Cultivation of the bacillus of leprosy and the treatment of cases by means of a vaccine prepared from the cultivations - Number 42
Disease focus: Leprosy
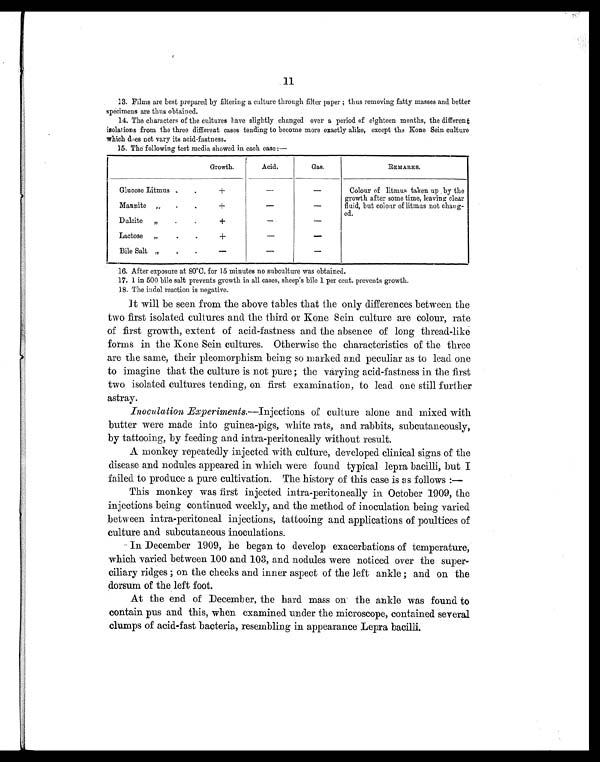
11
13. Films are best prepared by filtering a culture through filter paper ; thus removing fatty masses and better
specimens are thus obtained.
14.The characters of the cultures have slightly changed over a period of eighteen months, the different
isolations from the three different cases tending to become more exactly alike, except the Kone Sein culture
which does not vary its acid-fastness.
15.The following test media showed in each case:—
Growth.
Acid.
Gas.
REMARKS.
Glucose Litmus .
.
+
—
—
Colour of litmus taken up by the
growth after some time, leaving clear
fluid, but colour of litmus not chang-
ed.
Mannite „
.
.
+
—
—
Dulcite „
.
.
+
—
—
Lactose „
.
.
+
—
—
Bile Salt „
.
.
—
—
—
16.After exposure at 80ºC. for 15 minutes no subculture was obtained.
17.1 in 500 bile salt prevents growth in all cases, sheep's bile 1 per cent. prevents growth.
18.The indol reaction is negative.
It will be seen from the above tables that the only differences between the
two first isolated cultures and the third or Kone Sein culture are colour, rate
of first growth, extent of acid-fastness and the absence of long thread-like
forms in the Kone Sein cultures. Otherwise the characteristics of the three
are the same, their pleomorphism being so marked and peculiar as to lead one
to imagine that the culture is not pure; the varying acid-fastness in the first
two isolated cultures tending, on first examination, to lead one still further
astray.
Inoculation Experiments.—Injections of culture alone and mixed with
butter were made into guinea-pigs, white rats, and rabbits, subcutaneously,
by tattooing, by feeding and intra-peritoneally without result.
A monkey repeatedly injected with culture, developed clinical signs of the
disease and nodules appeared in which were found typical lepra bacilli, but I
failed to produce a pure cultivation. The history of this case is as follows:
—
This monkey was first injected intra-peritoneally in October 1909, the
injections being continued weekly, and the method of inoculation being varied
between intra-peritoneal injections, tattooing and applications of poultices of
culture and subcutaneous inoculations.
In December 1909, he began to develop exacerbations of temperature,
which varied between 100 and 103, and nodules were noticed over the super-
ciliary ridges; on the cheeks and inner aspect of the left ankle; and on the
dorsum of the left foot.
At the end of December, the hard mass on the ankle was found to
contain pus and this, when examined under the microscope, contained several
clumps of acid-fast bacteria, resembling in appearance Lepra bacilli.